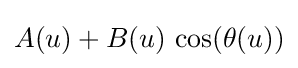
A(u)+B(u)\,\cos(\theta (u))